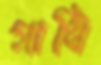
গাধি